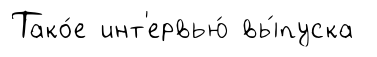
Тако́е инт'ервью́ вы́пуска